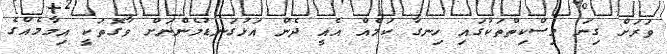
ވަރަށް ގިނަ މިސްކިތްތަކުގައި ހިނގާ ކަމެއް އެއީ ދެން އަޅުގަނޑުމެންނަށް ވާގޮތަކީ އިމާމެއްގެ